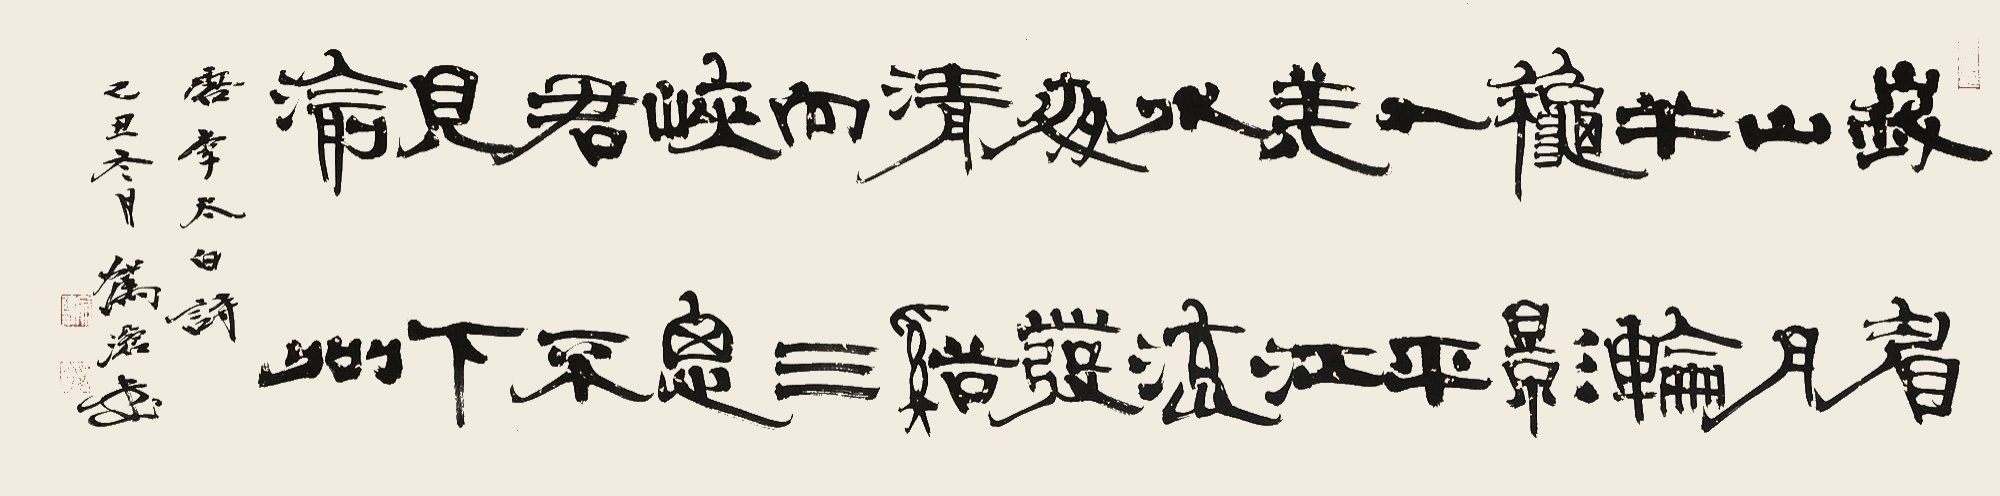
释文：峨眉山月半轮秋，影入平羌江水流。夜发清溪向三峡，思君不见下渝州。唐李太白诗。乙丑冬月驾沧书。